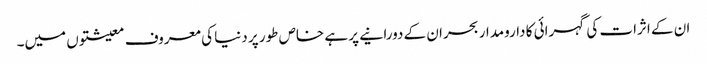
ان کے اثرات کی گہرائی کا دارومدار بحران کے دورانیے پر ہے خاص طور پر دنیا کی معروف معیشتوں میں۔